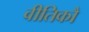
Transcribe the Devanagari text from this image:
वीतिकौ